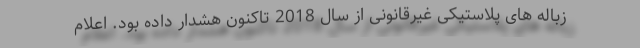
زباله های پلاستیکی غیرقانونی از سال 2018 تاکنون هشدار داده بود. اعلام